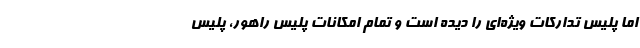
اما پلیس تدارکات ویژه‌ای را دیده است و تمام امکانات پلیس راهور، پلیس